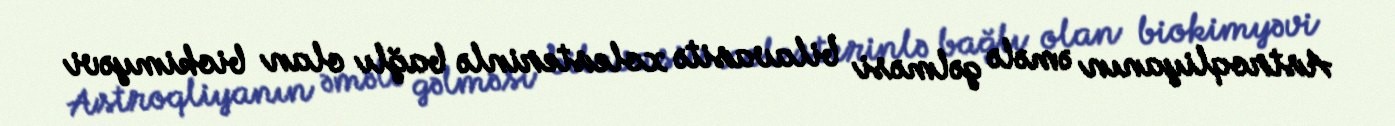
Astroqliyanın əmələ gəlməsi bilavasitə xolesterinlə bağlı olan biokimyəvi